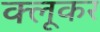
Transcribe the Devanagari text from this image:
क्लूकर